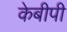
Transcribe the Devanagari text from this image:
केबीपी